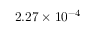
2 . 2 7 \times 1 0 ^ { - 4 }